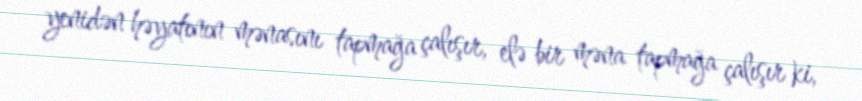
yenidən həyatının mənasını tapmağa çalışır, elə bir məna tapmağa çalışır ki,